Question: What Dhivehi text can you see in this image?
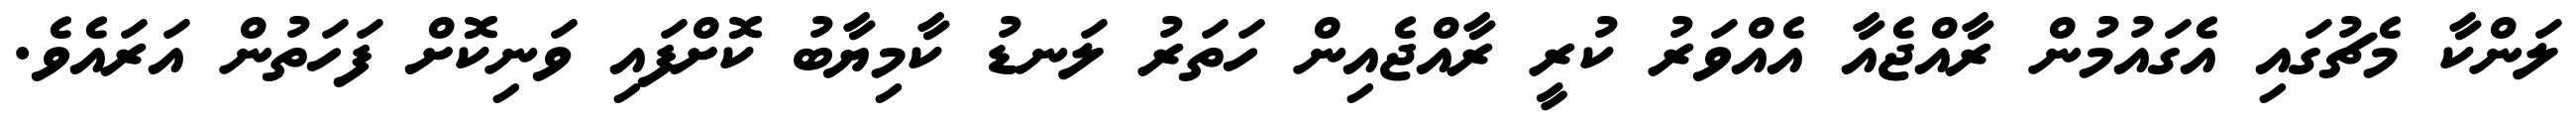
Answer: ލަންކާ މެޗުގައި އެގައުމުން ރާއްޖެއާ އެއްވަރު ކުރީ ރާއްޖެއިން ހަތަރު ލަނޑު ކާމިޔާބު ކޮށްފައި ވަނިކޮށް ފަހަތުން އަރައެވެ.